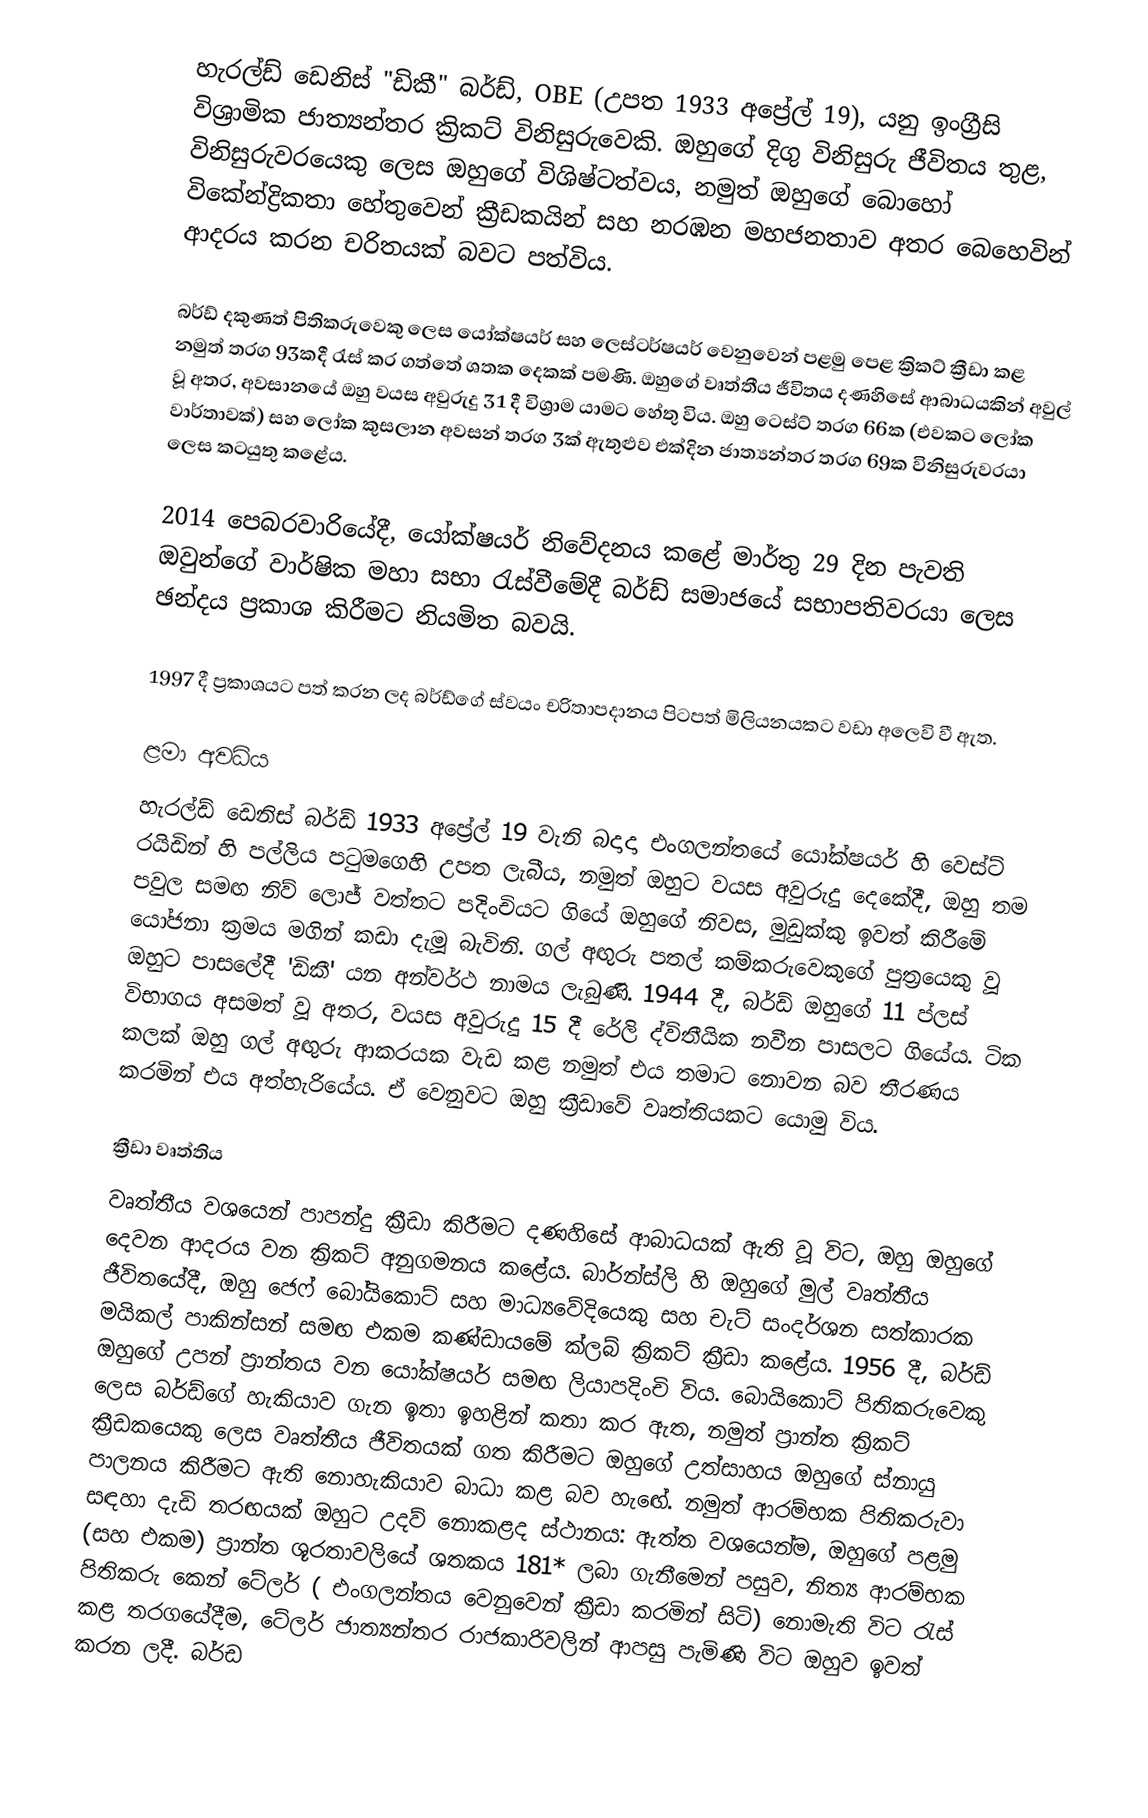
හැරල්ඩ් ඩෙනිස් "ඩිකී" බර්ඩ්, OBE (උපත 1933 අප්‍රේල් 19),  යනු ඉංග්‍රීසි විශ්‍රාමික ජාත්‍යන්තර ක්‍රිකට් විනිසුරුවෙකි. ඔහුගේ දිගු විනිසුරු ජීවිතය තුළ, විනිසුරුවරයෙකු ලෙස ඔහුගේ විශිෂ්ටත්වය, නමුත් ඔහුගේ බොහෝ විකේන්ද්‍රිකතා හේතුවෙන් ක්‍රීඩකයින් සහ නරඹන මහජනතාව අතර බෙහෙවින් ආදරය කරන චරිතයක් බවට පත්විය.

බර්ඩ් දකුණත් පිතිකරුවෙකු ලෙස යෝක්ෂයර් සහ ලෙස්ටර්ෂයර් වෙනුවෙන් පළමු පෙළ ක්‍රිකට් ක්‍රීඩා කළ නමුත් තරග 93කදී රැස් කර ගත්තේ ශතක දෙකක් පමණි. ඔහුගේ වෘත්තීය ජීවිතය දණහිසේ ආබාධයකින් අවුල් වූ අතර, අවසානයේ ඔහු වයස අවුරුදු 31 දී විශ්‍රාම යාමට හේතු විය. ඔහු ටෙස්ට් තරග 66ක (එවකට ලෝක වාර්තාවක්) සහ ලෝක කුසලාන අවසන් තරග 3ක් ඇතුළුව එක්දින ජාත්‍යන්තර තරග 69ක විනිසුරුවරයා ලෙස කටයුතු කළේය.

2014 පෙබරවාරියේදී, යෝක්ෂයර් නිවේදනය කළේ මාර්තු 29 දින පැවති ඔවුන්ගේ වාර්ෂික මහා සභා රැස්වීමේදී බර්ඩ් සමාජයේ සභාපතිවරයා ලෙස ඡන්දය ප්‍රකාශ කිරීමට නියමිත බවයි.

1997 දී ප්‍රකාශයට පත් කරන ලද බර්ඩ්ගේ ස්වයං චරිතාපදානය පිටපත් මිලියනයකට වඩා අලෙවි වී ඇත.

ළමා අවධිය
හැරල්ඩ් ඩෙනිස් බර්ඩ් 1933 අප්‍රේල් 19 වැනි බදාදා එංගලන්තයේ යෝක්ෂයර් හි වෙස්ට් රයිඩින් හි පල්ලිය පටුමගෙහි උපත ලැබීය, නමුත් ඔහුට වයස අවුරුදු දෙකේදී, ඔහු තම පවුල සමඟ නිව් ලොජ් වත්තට පදිංචියට ගියේ ඔහුගේ නිවස, මුඩුක්කු ඉවත් කිරීමේ යෝජනා ක්‍රමය මගින් කඩා දැමූ බැවිනි. ගල් අඟුරු පතල් කම්කරුවෙකුගේ පුත්‍රයෙකු වූ ඔහුට පාසලේදී 'ඩිකී' යන අන්වර්ථ නාමය ලැබුණි. 1944 දී, බර්ඩ් ඔහුගේ 11 ප්ලස් විභාගය අසමත් වූ අතර, වයස අවුරුදු 15 දී රේලි ද්විතීයික නවීන පාසලට ගියේය. ටික කලක් ඔහු ගල් අඟුරු ආකරයක වැඩ කළ නමුත් එය තමාට නොවන බව තීරණය කරමින් එය අත්හැරියේය. ඒ වෙනුවට ඔහු ක්‍රීඩාවේ වෘත්තියකට යොමු විය.

ක්‍රීඩා වෘත්තිය
වෘත්තීය වශයෙන් පාපන්දු ක්‍රීඩා කිරීමට දණහිසේ ආබාධයක් ඇති වූ විට, ඔහු ඔහුගේ දෙවන ආදරය වන ක්‍රිකට් අනුගමනය කළේය. බාර්න්ස්ලි හි ඔහුගේ මුල් වෘත්තීය ජීවිතයේදී, ඔහු ජෙෆ් බෝයිකොට් සහ මාධ්‍යවේදියෙකු සහ චැට් සංදර්ශන සත්කාරක මයිකල් පාකින්සන් සමඟ එකම කණ්ඩායමේ ක්ලබ් ක්‍රිකට් ක්‍රීඩා කළේය. 1956 දී, බර්ඩ් ඔහුගේ උපන් ප්‍රාන්තය වන යෝක්ෂයර් සමඟ ලියාපදිංචි විය. බොයිකොට් පිතිකරුවෙකු ලෙස බර්ඩ්ගේ හැකියාව ගැන ඉතා ඉහළින් කතා කර ඇත, නමුත් ප්‍රාන්ත ක්‍රිකට් ක්‍රීඩකයෙකු ලෙස වෘත්තීය ජීවිතයක් ගත කිරීමට ඔහුගේ උත්සාහය ඔහුගේ ස්නායු පාලනය කිරීමට ඇති නොහැකියාව බාධා කළ බව හැඟේ. නමුත් ආරම්භක පිතිකරුවා සඳහා දැඩි තරඟයක් ඔහුට උදව් නොකළද ස්ථානය: ඇත්ත වශයෙන්ම, ඔහුගේ පළමු (සහ එකම) ප්‍රාන්ත ශූරතාවලියේ ශතකය 181* ලබා ගැනීමෙන් පසුව, නිත්‍ය ආරම්භක පිතිකරු කෙන් ටේලර් ( එංගලන්තය වෙනුවෙන් ක්‍රීඩා කරමින් සිටි) නොමැති විට රැස් කළ තරගයේදීම, ටේලර් ජාත්‍යන්තර රාජකාරිවලින් ආපසු පැමිණි විට ඔහුව ඉවත් කරන ලදී. බර්ඩ